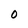
Character: 0